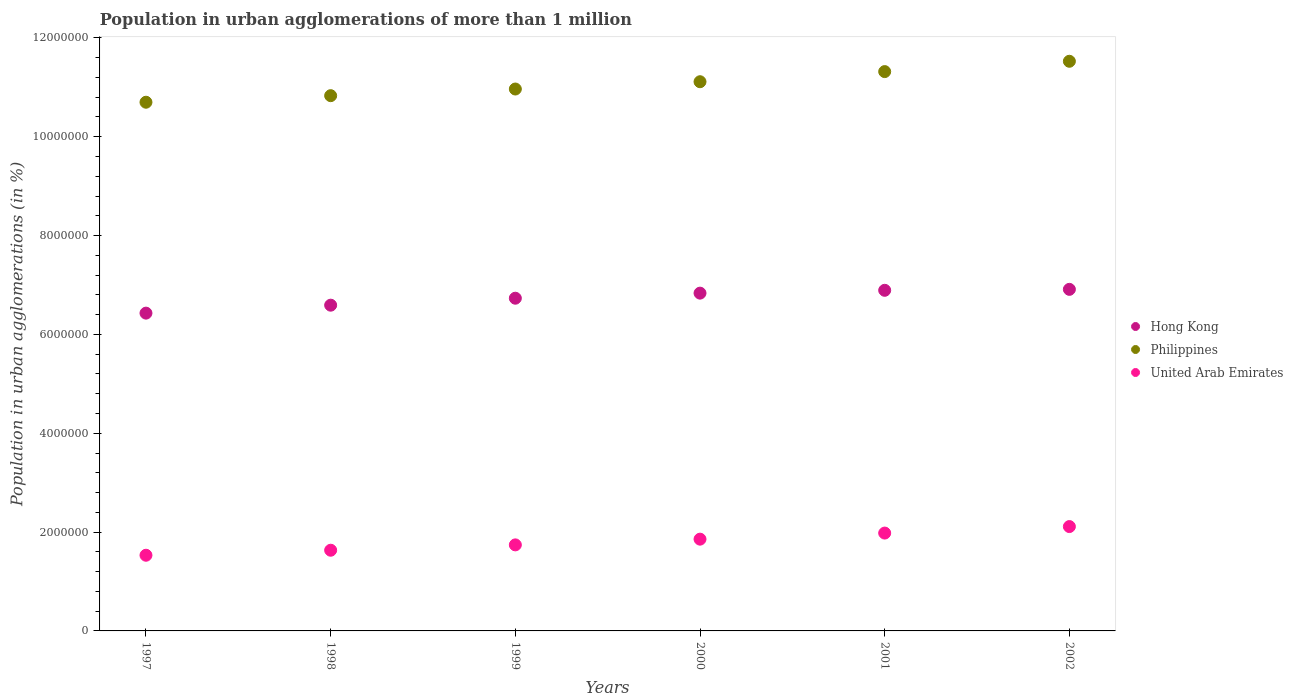
| Years | Hong Kong | Philippines | United Arab Emirates |
 | --- | --- | --- | --- |
 | 1997 | 6.43e+06 | 1.07e+07 | 1.53e+06 |
 | 1998 | 6.59e+06 | 1.08e+07 | 1.63e+06 |
 | 1999 | 6.73e+06 | 1.1e+07 | 1.74e+06 |
 | 2000 | 6.84e+06 | 1.11e+07 | 1.86e+06 |
 | 2001 | 6.89e+06 | 1.13e+07 | 1.98e+06 |
 | 2002 | 6.91e+06 | 1.15e+07 | 2.11e+06 |